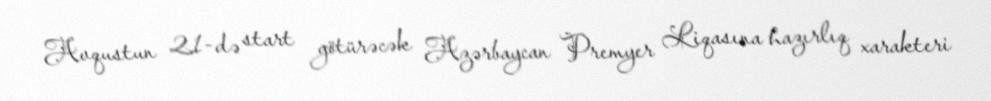
Avqustun 21-də start götürəcək Azərbaycan Premyer Liqasına hazırlıq xarakteri